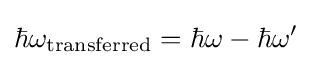
\hbar \omega _{\text{transferred}}=\hbar \omega -\hbar \omega '